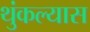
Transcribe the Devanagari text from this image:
थुंकल्यास